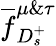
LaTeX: \overline{f}_{D_{s}^{+}}^{\mu\& \tau}